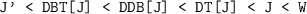
\begin{align*}\mbox{{\tt J' < DBT[J] < DDB[J] < DT[J] < J < W}} \end{align*}